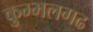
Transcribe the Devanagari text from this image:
कुम्‍भलगढ